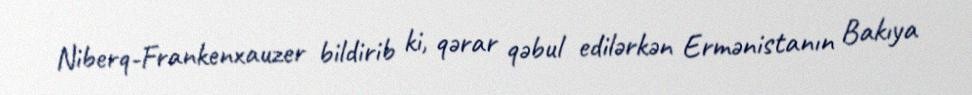
Niberq-Frankenxauzer bildirib ki, qərar qəbul edilərkən Ermənistanın Bakıya